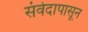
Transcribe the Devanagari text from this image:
संवेदापासून